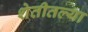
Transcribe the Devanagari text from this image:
शेतीतल्या